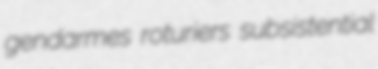
gendarmes roturiers subsistential